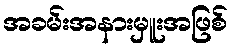
အခမ်းအနားမှူးအဖြစ်